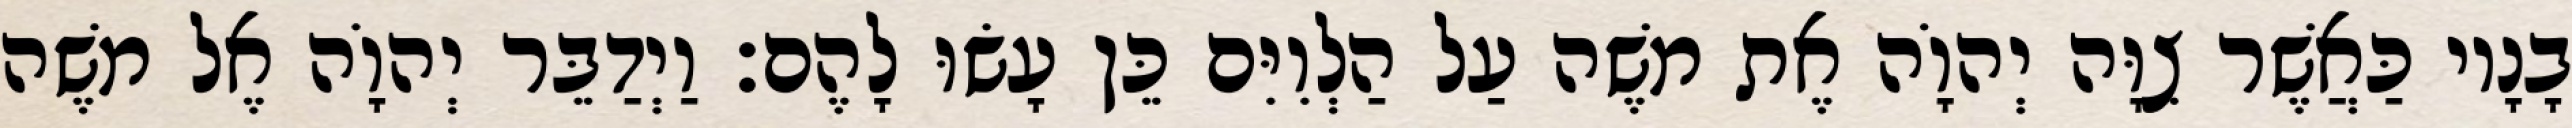
בָנָיו כַּאֲשֶׁר צִוָּה יְהוָֹה אֶת משֶׁה עַל הַלְוִיִּם כֵּן עָשׂוּ לָהֶם׃ וַיְדַבֵּר יְהוָֹה אֶל משֶׁה